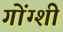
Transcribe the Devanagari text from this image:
गोंग्शी